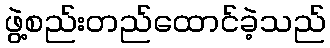
ဖွဲ့စည်းတည်ထောင်ခဲ့သည်